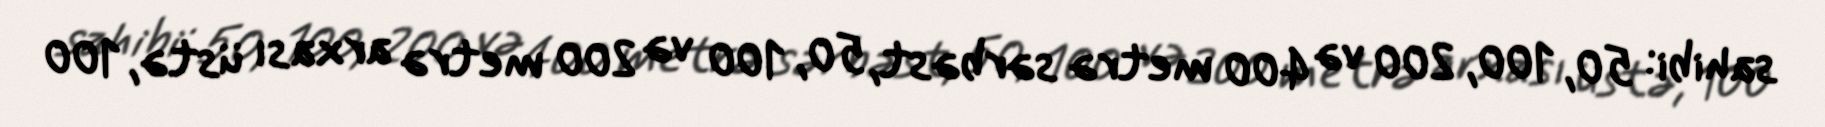
sahibi: 50, 100, 200 və 400 metrə sərbəst, 50, 100 və 200 metrə arxası üstə, 100